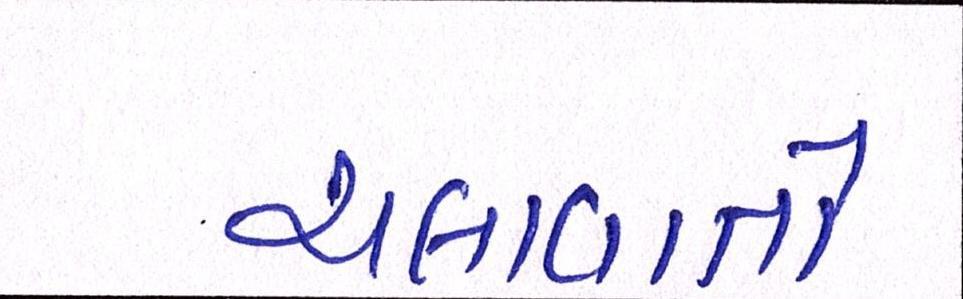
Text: ચલાવાતો